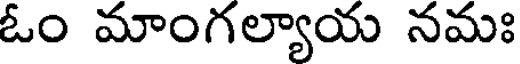
ఓం మాంగల్యాయ నమః